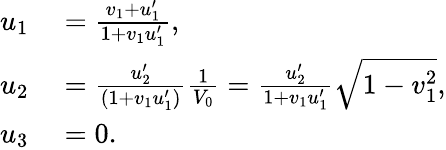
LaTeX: \begin{array}{rl}{u_{1}}&{{}={\frac{v_{1}+u_{1}^{\prime}}{1+v_{1}u_{1}^{\prime}}},}\\ {u_{2}}&{{}={\frac{u_{2}^{\prime}}{(1+v_{1}u_{1}^{\prime})}}{\frac{1}{V_{0}}}={\frac{u_{2}^{\prime}}{1+v_{1}u_{1}^{\prime}}}{\sqrt{1-v_{1}^{2}}},}\\ {u_{3}}&{{}=0.}\end{array}